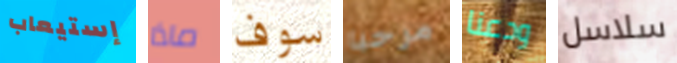
إستيعاب ماذا سوف مرحبا ودعنا سلاسل